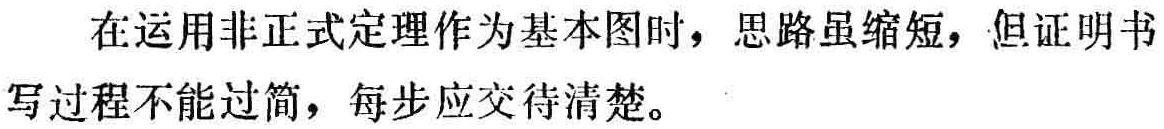
在运用非正式定理作为基本图时，思路虽缩短，但证明书写过程不能过简，每步应交待清楚。